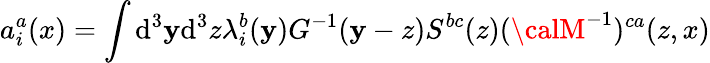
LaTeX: a_{i}^{a}(x)=\int\mathrm{d}^{3}\mathbf{y}\mathrm{d}^{3}z\lambda_{i}^{b}(\mathbf{y})G^{-1}(\mathbf{y}-z)S^{bc}(z)({\calM}^{-1})^{ca}(z,x)